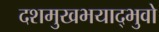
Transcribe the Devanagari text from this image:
दशमुखभयाद्भुवो